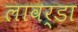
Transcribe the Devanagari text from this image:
लावर्डा